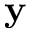
\mathbf { y }